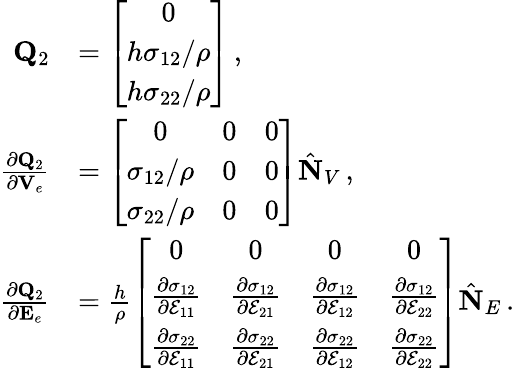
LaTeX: \begin{array}{rl}{{\mathbf Q}_{2}}&{=\left[\begin{array}{c}{0}\\ {h\sigma_{12}/\rho}\\ {h\sigma_{22}/\rho}\end{array}\right]\, ,}\\ {\frac{\partial{\mathbf Q}_{2}}{\partial{\mathbf V}_{e}}}&{=\left[\begin{array}{ccc}{0}&{0}&{0}\\ {\sigma_{12}/\rho}&{0}&{0}\\ {\sigma_{22}/\rho}&{0}&{0}\end{array}\right]\hat{\mathbf N}_{V}\, ,}\\ {\frac{\partial{\mathbf Q}_{2}}{\partial{\mathbf E}_{e}}}&{=\frac{h}{\rho}\left[\begin{array}{cccc}{0}&{0}&{0}&{0}\\ {\frac{\partial\sigma_{12}}{\partial\mathcal{E}_{11}}}&{\frac{\partial\sigma_{12}}{\partial\mathcal{E}_{21}}}&{\frac{\partial\sigma_{12}}{\partial\mathcal{E}_{12}}}&{\frac{\partial\sigma_{12}}{\partial\mathcal{E}_{22}}}\\ {\frac{\partial\sigma_{22}}{\partial\mathcal{E}_{11}}}&{\frac{\partial\sigma_{22}}{\partial\mathcal{E}_{21}}}&{\frac{\partial\sigma_{22}}{\partial\mathcal{E}_{12}}}&{\frac{\partial\sigma_{22}}{\partial\mathcal{E}_{22}}}\end{array}\right]\hat{\mathbf N}_{E}\, .}\end{array}